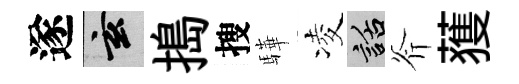
遂玄搗搜驊凌話斧𫉬